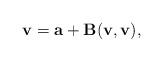
LaTeX: \begin{align*}{\bf v}={\bf a}+\bf {B}({\bf v},{\bf v}),\end{align*}